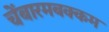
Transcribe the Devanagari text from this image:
चेंबारमबक्कम